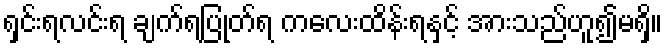
ရှင်းရလင်းရ ချက်ရပြုတ်ရ ကလေးထိန်းရနှင့် အားသည်ဟူ၍မရှိ။